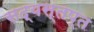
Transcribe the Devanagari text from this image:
सद्यस्तप्त